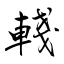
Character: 輚